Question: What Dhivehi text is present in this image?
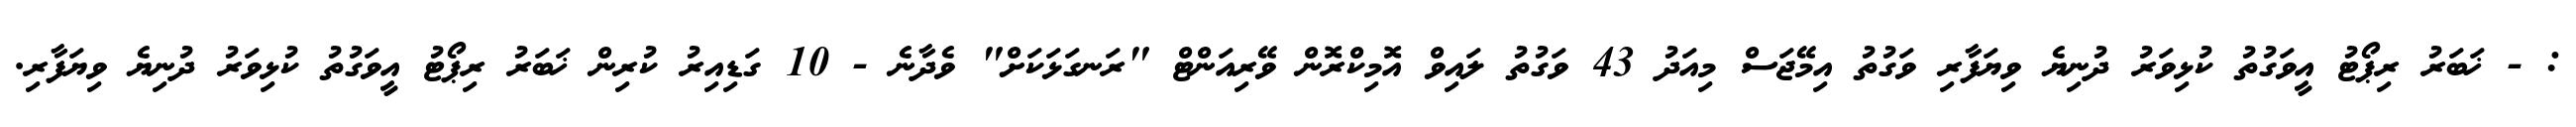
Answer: : - ޚަބަރު ރިޕޯޓު އީވަގުތު ކުޅިވަރު ދުނިޔެ ވިޔަފާރި ވަގުތު އިމޭޖަސް މިއަދު 43 ވަގުތު ލައިވް އޮމިކްރޮން ވޭރިއަންޓް "ރަނގަޅަކަށް" ވެދާނެ - 10 ގަޑިއިރު ކުރިން ޚަބަރު ރިޕޯޓު އީވަގުތު ކުޅިވަރު ދުނިޔެ ވިޔަފާރި.